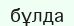
бұлда